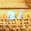
لو